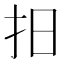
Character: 抇